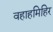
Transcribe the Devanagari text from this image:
वहाहमिहिर